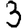
Digit: 3